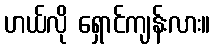
ဟယ်လို ရှောင်ကျန်းလား။